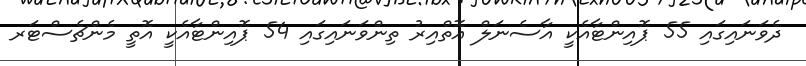
ދެވަނައިގައި 55 ޕޮއިންޓާއެކީ އާސެނަލް އޮތްއިރު ތިންވަނައިގައި 54 ޕޮއިންޓާއެކީ އޮތީ މެންޗެސްޓަރ